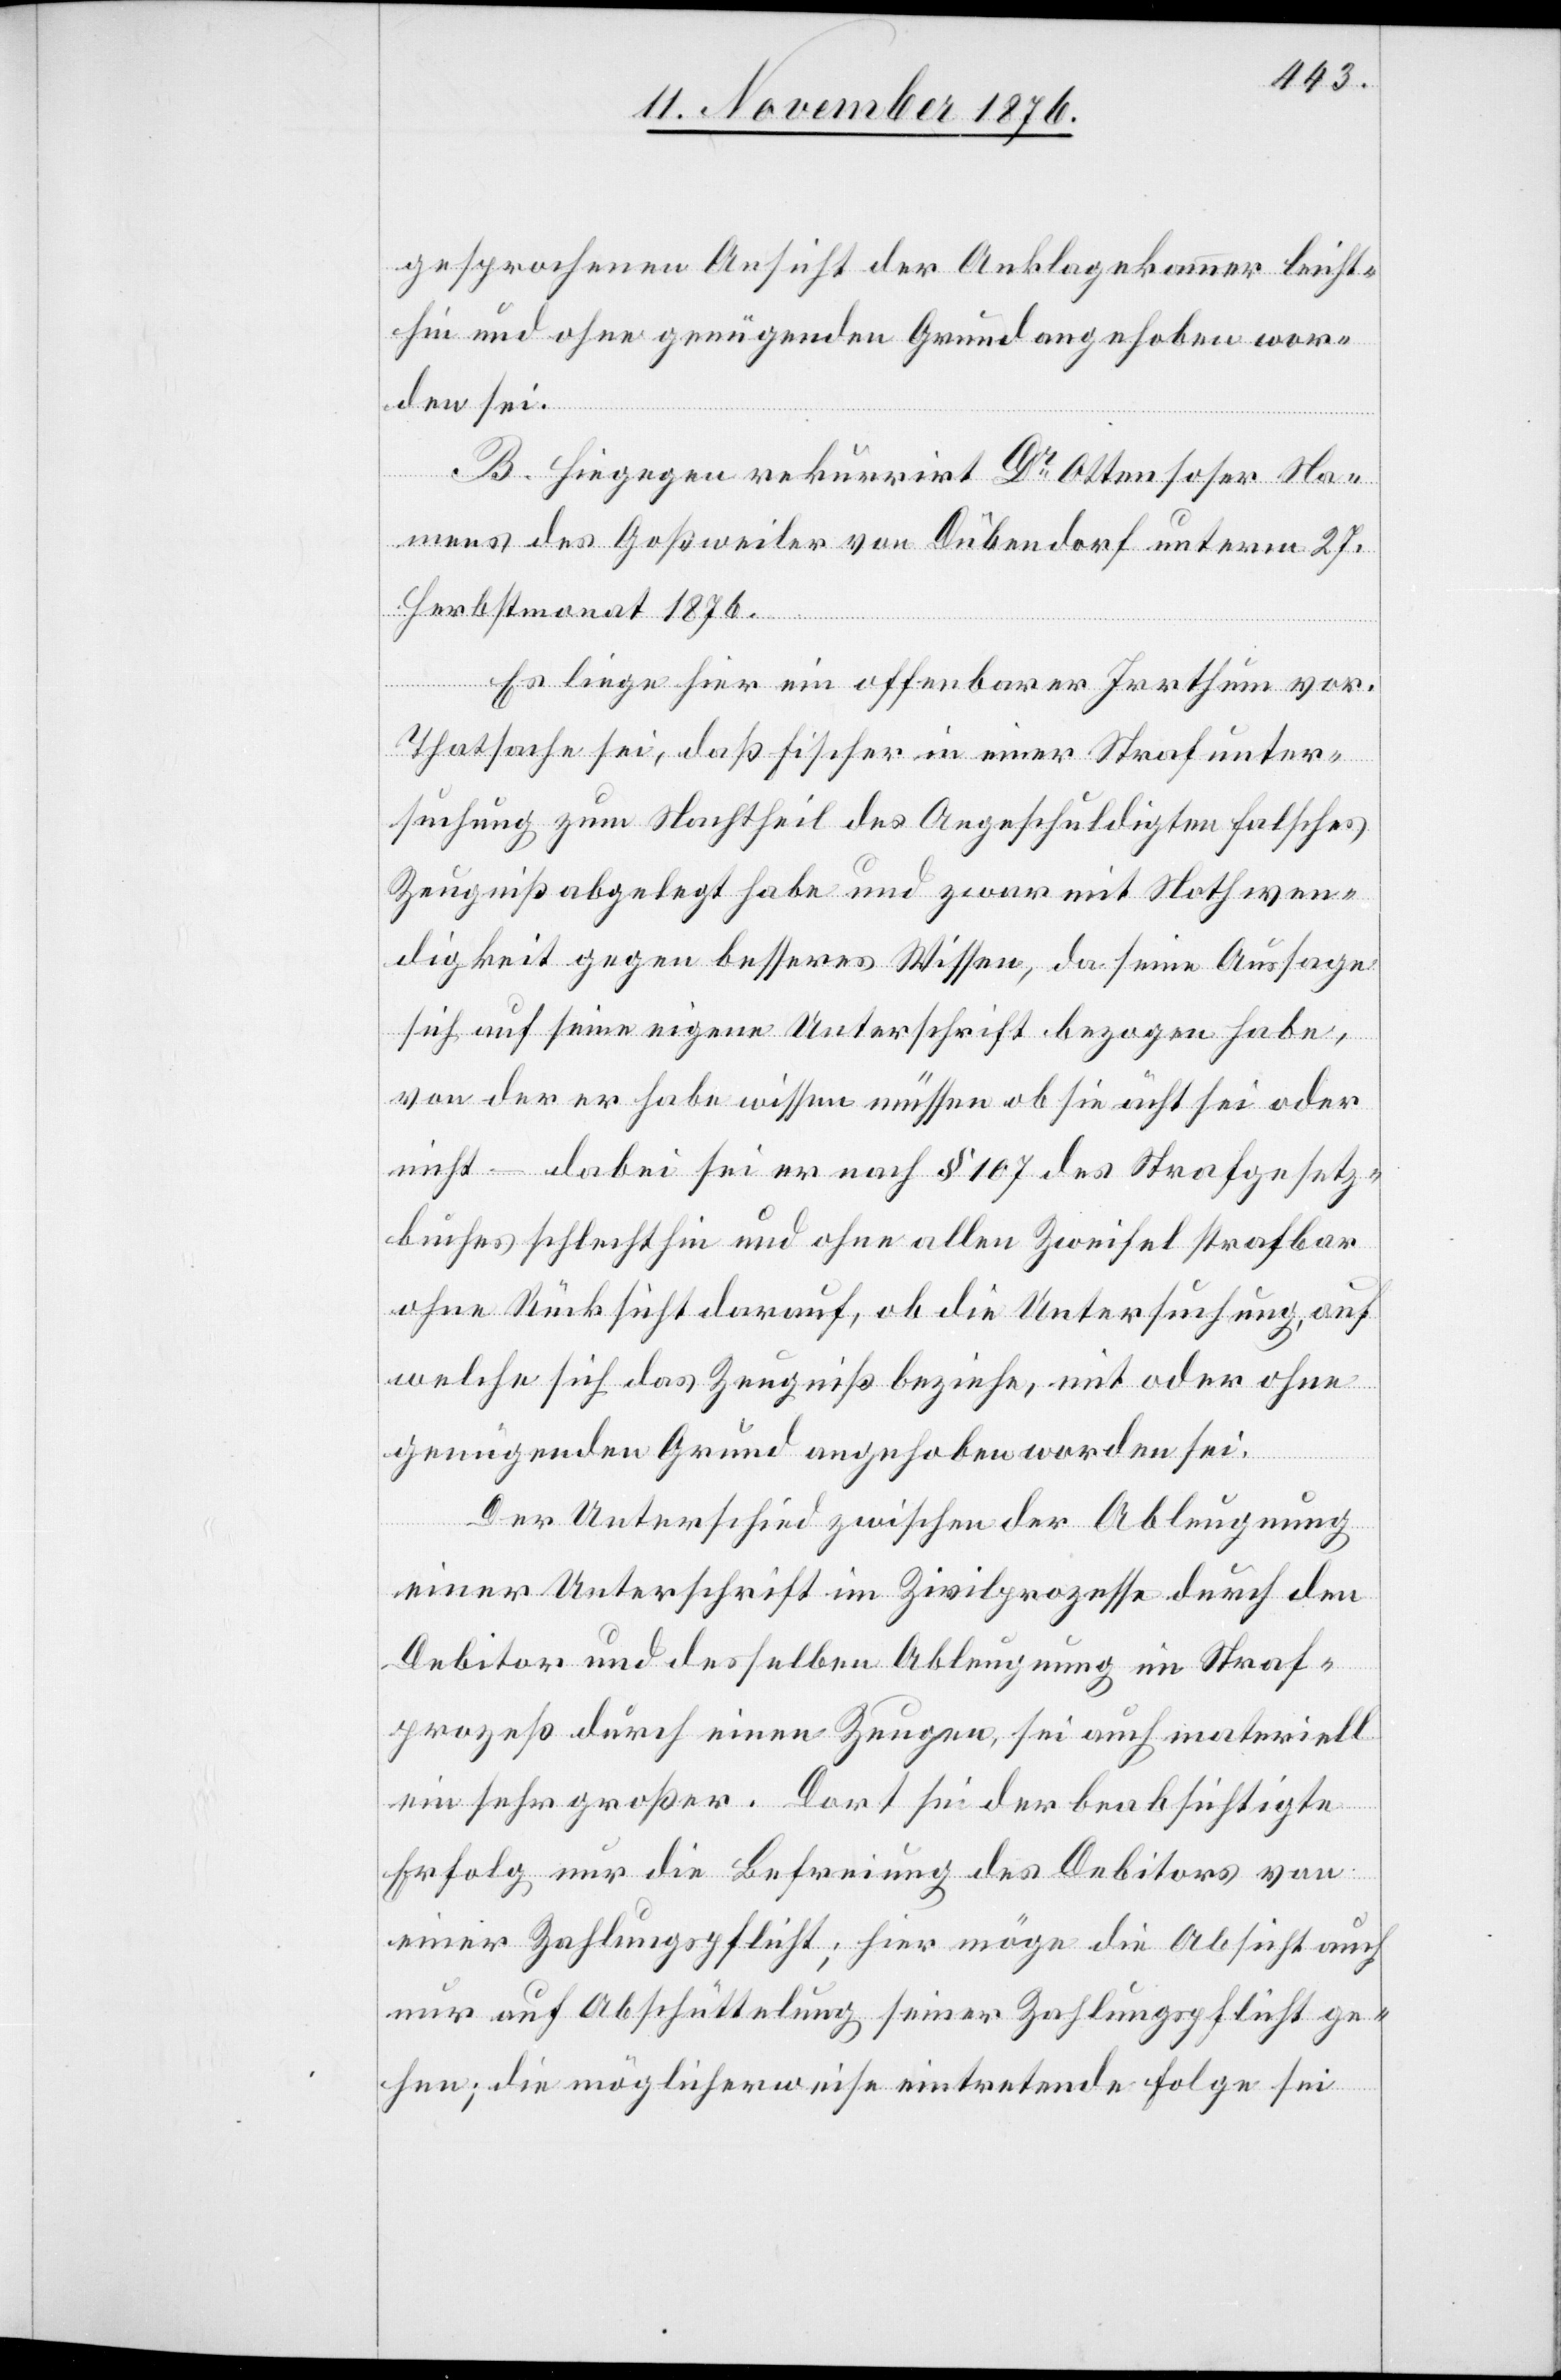
gesprochenen Ansicht der Anklagekammer leicht¬
hin und ohne genügenden Grund angehoben wor¬
den sei.
B. Hiegegen rekurrirt Dr Ottensoser Na¬
mens des Goßweiler von Dübendorf unterm 27.
Herbstmonat 1876.
Es liege hier ein offenbarer Irrthum vor.
Thatsache sei, daß Fischer in einer Strafunter¬
suchung zum Nachtheil des Angeschuldigten falsches
Zeugniß abgelegt habe und zwar mit Nothwen¬
digkeit gegen besseres Wissen, da seine Aussage
sich auf seine eigene Unterschrift bezogen habe,
von der er habe wissen müssen ob sie ächt sei oder
nicht – dabei sei er nach § 107 des Strafgesetz¬
buches schlechthin und ohne allen Zweifel strafbar
ohne Rücksicht darauf, ob die Untersuchung, auf
welche sich das Zeugniß beziehe, mit oder ohne
genügenden Grund angehoben worden sei.
Der Unterschied zwischen der Ableugnung
einer Unterschrift im Zivilprozesse durch den
Debitor und desselben Ableugnung im Straf¬
prozeß durch einen Zeugen, sei auch materiell
ein sehr großer. Dort sei der beabsichtigte
Erfolg nur die Befreiung des Debitors von
einer Zahlungspflicht; hier möge die Absicht auch
nur auf Abschüttelung seiner Zahlungspflicht ge¬
hen; die möglicherweise eintretende Folge sei